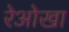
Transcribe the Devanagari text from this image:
रेओखा